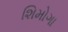
શિમોગા